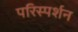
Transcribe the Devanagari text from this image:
परिस्‍पर्शन